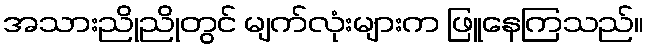
အသားညိုညိုတွင် မျက်လုံးများက ဖြူနေကြသည်။